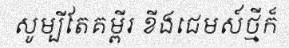
សូម្បីតែគម្ពីរ ខីងជេមស៍ថ្មីក៏